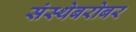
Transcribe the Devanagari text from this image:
संस्थेबरोबर